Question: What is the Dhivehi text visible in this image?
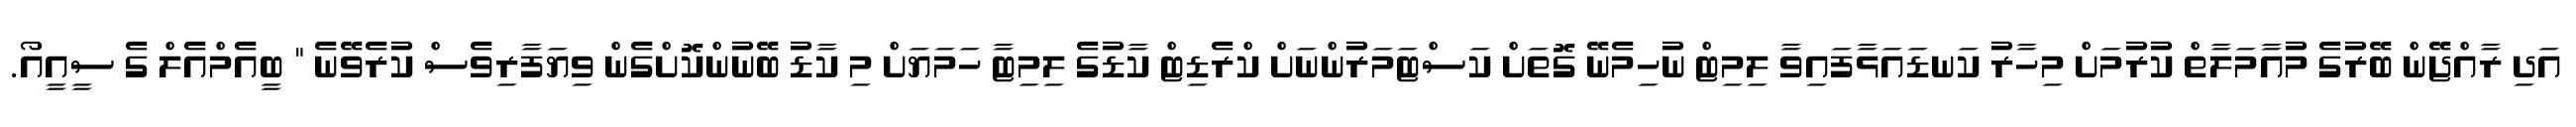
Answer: އަދި ރާއްޖޭން ބޭރުގެ މުއާމަލާތް ކުރުމަށް މިހާރު ކަނޑައަޅާފައިވާ ލިމިޓް ނުހިމެނޭ ގޮތަށް ކަސްޓަމަރުންނަށް ކްރެޑިޓް ކާޑުގެ ލިމިޓާ ހަމަޔަށް މި ކާޑު ބޭނުންކޮށްގެން ވިޔަފާރިވެސް ކުރެވޭނެ " ބީއެމްއެލް ގެ ސީއީއޯ.